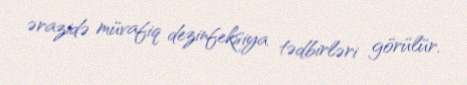
ərazidə müvafiq dezinfeksiya tədbirləri görülür.